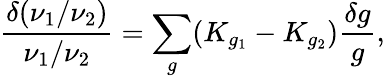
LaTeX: \frac{\delta(\nu_{1}/\nu_{2})}{\nu_{1}/\nu_{2}}=\sum_{g}(K_{g_{1}}-K_{g_{2}})\frac{\delta g}{g},